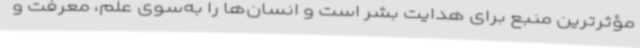
مؤثرترین منبع برای هدایت بشر است و انسان‌ها را به‌سوی علم، معرفت و